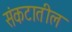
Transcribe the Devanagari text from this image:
संकटातील